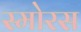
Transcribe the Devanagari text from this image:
स्मोरस